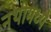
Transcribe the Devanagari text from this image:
नथीमध्ये